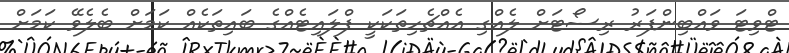
ޓްވިޓަ ވައްބިންފަރު ރިސޯޓަށް ލެއްގި އެއްޗެހިތަކަކީ ފްލައިޓެއްގެ ބައިތަކެއް ކަމަށް ބެލެވޭ ކަަމަށް